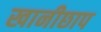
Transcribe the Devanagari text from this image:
खानीछाप